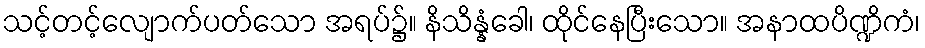
သင့်တင့်လျောက်ပတ်သော အရပ်၌။ နိသိန္နံခေါ၊ ထိုင်နေပြီးသော။ အနာထပိဏ္ဍိကံ၊